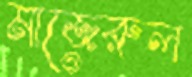
মাজেরুল